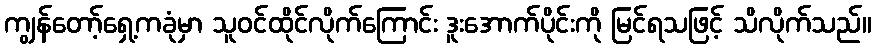
ကျွန်တော့်ရှေ့ကခုံမှာ သူဝင်ထိုင်လိုက်ကြောင်း ဒူးအောက်ပိုင်းကို မြင်ရသဖြင့် သိလိုက်သည်။